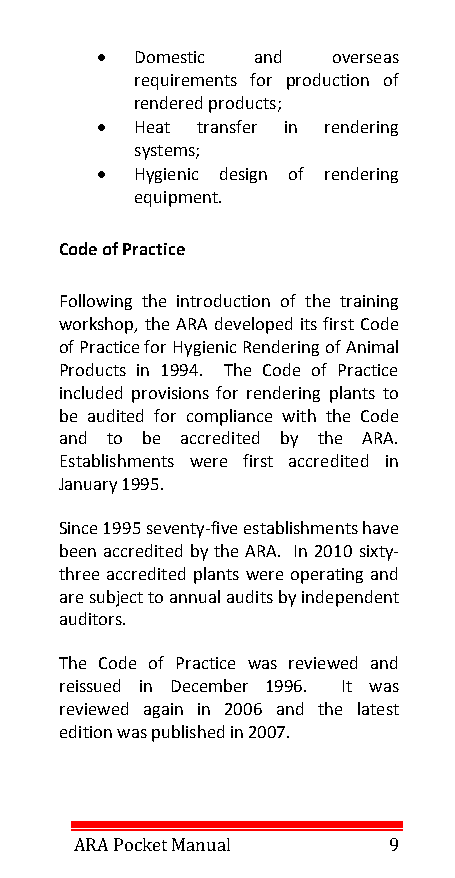
•  Domestic and overseas
 requirements for production of
 rendered products;
 •  Heat transfer in rendering
 systems;
 •  Hygienic design of rendering
 equipment.
 Code of Practice
 Following the introduction of the training
 workshop, the ARA developed its first Code
 of Practice for Hygienic Rendering of Animal
 Products in 1994. The Code of Practice
 included provisions for rendering plants to
 be audited for compliance with the Code
 and to be accredited by the ARA.
 Establishments were first accredited in
 January 1995.
 Since 1995 seventy-five establishments have
 been accredited by the ARA. In 2010 sixty-
 three accredited plants were operating and
 are subject to annual audits by independent
 auditors.
 The Code of Practice was reviewed and
 reissued in December 1996. It was
 reviewed again in 2006 and the latest
 edition was published in 2007.
 ARA Pocket Manual    9